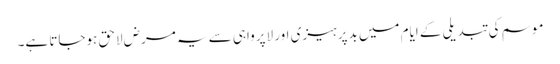
موسم کی تبدیلی کے ایام میں بدپرہیزی اور لاپرواہی سے یہ مرض لاحق ہوجاتا ہے۔